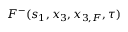
F ^ { - } ( s _ { 1 } , x _ { 3 } , x _ { 3 , F } , \tau )